Report on vaccination in the Province of Bengal - 1874-1889
Year: 1874
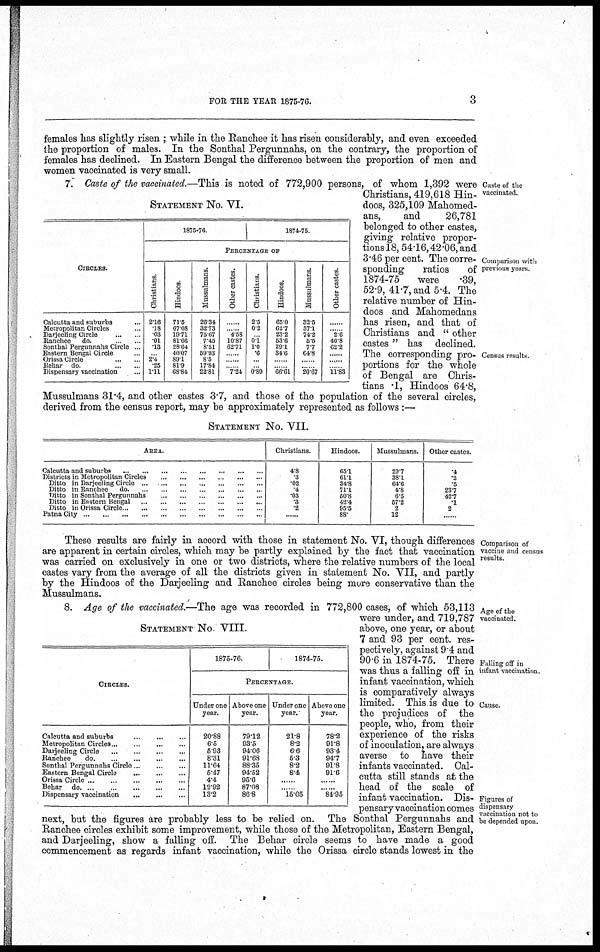
FOR THE YEAR 1875-76.
3
females has slightly risen ; while in the Ranchee it has risen considerably, and even exceeded
the proportion of males. In the Sonthal Pergunnahs, on the contrary, the proportion of
females has declined. In Eastern Bengal the difference between the proportion of men and
women vaccinated is very small.
Caste of the
vaccinated.
Comparison with
previous years
Census results
STATEMENT No. VI.
CIRCLES.
Calcutta and suburbs... ...
Metropolitan Circles..
Darjeeling Circle... ...
Ranchee do.
Sonthal Pergunnahs Circle ...
Eastern Bengal Circle... ...
Orissa Circle
...
...
Behar do
...
...
Dispensary vaccination...
1875-76.
1874-75.
PERCENTAGE OF
Christians.
2.16
.18
.03
.01
.13
... 2.4
.25
1.11
Hindoos.
71.5
67.08
19.71
81.66
28.64
40.07
89.1
81.9
68.84
Mussulmans.
26.34
32.73
75.67
7.45
8.51
59.93
8.5
17.84
22.81
Other castes.
.. ..
.. . 4.58
10.87
62.71
....
......
...... 7.24
Christians.
2.5
0.2
. 0.1
1.0
.6
...
...... 0.89
Hindoos.
65.0
62.7
23.2
53.6
29.1
34.6
......
... 66.61
Mussulmans.
32.5
37.1
74.2
5.5
7.7
64.8
......
... 20.67
Other castes.
......
... 2.6
40.8
62.2
......
......
... 11.83
7. Caste of the vaccinated.—This is noted of 772,900 persons, of whom 1,392 were
Christians, 419,618 Hin-
doos, 325,109 Mahomed-
ans,
and
26,781
belonged to other castes,
giving relative propor-
tions 18, 54.16, 42.06, and
3.46 per cent. The corre-
sponding
ratios of
1874-75
were .39,
52.9, 41.7, and 5.4. The
relative number of Hin-
doos and Mahomedans
has risen, and that of
Christians and " other
castes" has declined.
The corresponding pro-
portions for the whole
of Bengal are Chris-
tians .1, Hindoos 64.8,
Mussulmans 31.4, and other castes 3.7, and those of the population of the several circles,
derived from the census report, may be approximately represented as follows :—
STATEMENT No. VII.
AREA.
Calcutta and
suburbs...
...
Districts in Metropolitan Circles
...
...
...
...
...
Ditto in Darjeeling Circle...
...
...
...
...
Ditto in Ranchee
do. .
...
...
...
...
...
Ditto in Sonthal Pergunnahs
...
...
...
...
...
Ditto in Eastern Bengal
...
...
...
...
Ditto in Orissa
Circle...
...
...
...
Patna
City...
...
...
...
...
...
Christians.
4.8
.3
.02
.4
.03
.3
.2
......
Hindoos.
65.1
61.1
34.8
71.1
50.8
42.4
95.5
88.
Mussulmans.
29.7
38.1
64.6
4.8
6.5
57.2
2
12
Other castes.
.4
.2
.5
23.7
42.7
.1
2
.. . .
Comparison of
vaccine and census
results.
These results are fairly in accord with those in statement No. VI, though differences
are apparent in certain circles, which may be partly explained by the fact that vaccination
was carried on exclusively in one or two districts, where the relative numbers of the local
castes vary from the average of all the districts given in statement No. VII, and partly
by the Hindoos of the Darjeeling and Ranchee circles being more conservative than the
Mussulmans.
Age of the
vaccinated.
Falling off in
infant vaccination.
Cause.
Figures of
dispensary
vaccination not to
be depended upon.
STATEMENT No. VIII.
CIRCLES.
Calcutta and suburbs... ... ... ...
Metropolitan Circles..
...
...
...
Darjeeling Circle
...
...
...
Ranchee
d
o
. ... ... ... ...
Sonthal Pergunnahs Circle.. ... ...
Eastern Bengal
Circle...
...
...
Orissa Circle... ... ... ... ... ... ...
Behar d
o
. . . ... ... ... ...
Dispensary vaccination ... ... ... ... ... ...
1875-76.
1874-75.
PERCENTAGE.
Under one
year.
20.88
6.5
5.93
8.31
11.64
5.47
4.4
12.92
13.2
Above one
year.
79.12
93.5
94.06
91.68
88.35
94.52
95.6
87.08
86.8
Under one
year.
21.8
8.2
6.6
5.3
8.2
8.4
...
... 15.05
Above one
year.
78.2
91.8
93.4
94.7
91.8
91.6
...
... 84.95
8. Age of the vaccinated.—The age was recorded in 772,800 cases, of which 53,113
were under, and 719,787
above, one year, or about
7 and 93 per cent. res-
pectively, against 9.4 and
90.6 in 1874-75. There
was thus a falling off in
infant vaccination, which
is comparatively always
limited. This is due to
the prejudices of the
people, who, from their
experience of the risks
of inoculation, are always
averse to have their
infants vaccinated. Cal-
cutta still stands at the
head of the scale of
infant vaccination. Dis-
pensary vaccination comes
next, but the figures are probably less to be relied on. The Sonthal Pergunnahs and
Ranchee circles exhibit some improvement, while those of the Metropolitan, Eastern Bengal,
and Darjeeling, show a falling off. The Behar circle seems to have made a good
commencement as regards infant vaccination, while the Orissa circle stands lowest in the